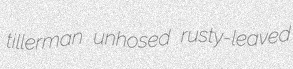
tillerman unhosed rusty-leaved